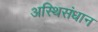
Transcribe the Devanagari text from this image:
अस्थिसंधान